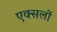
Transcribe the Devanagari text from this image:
एक्सलों